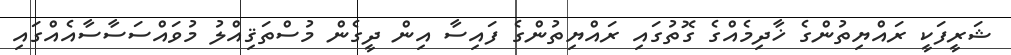
ޝަރީފަކީ ރައްޔިތުންގެ ޚާދިމެއްގެ ގޮތުގައި ރައްޔިތުންގެ ފައިސާ އިން ދީގެން މުސްތަޤިއްލު މުވައްސަސާސާއެއްގައި